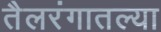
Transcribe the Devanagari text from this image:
तैलरंगातल्या